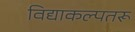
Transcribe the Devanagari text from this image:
विद्याकल्पतरू